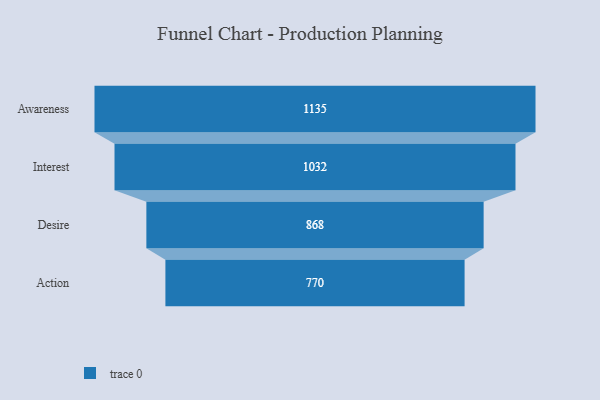
{"axis": {"x": "Stage", "y": "Value"}, "legend": [""], "data": [{"x": "Awareness", "y": 1135.0, "type": ""}, {"x": "Interest", "y": 1032.0, "type": ""}, {"x": "Desire", "y": 868.0, "type": ""}, {"x": "Action", "y": 770.0, "type": ""}]}